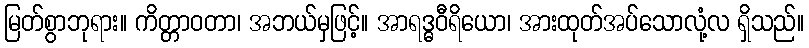
မြတ်စွာဘုရား။ ကိတ္တာဝတာ၊ အဘယ်မှဖြင့်။ အာရဒ္ဓဝီရိယော၊ အားထုတ်အပ်သောလုံ့လ ရှိသည်။